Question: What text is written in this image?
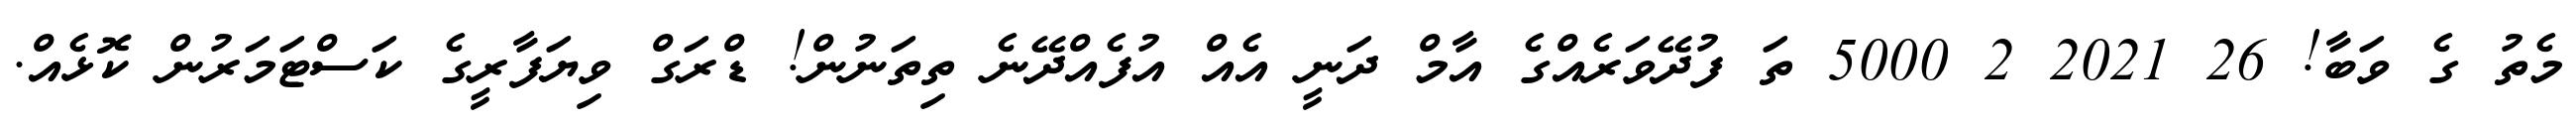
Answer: މެތު ގެ ވަބާ! 26 2021 2 5000 ތަ ފުދޭވަރެއްގެ އާމް ދަނީ އެއް އުފެއްދޭނެ ތިތަނުން! ޑްރަގް ވިޔަފާރީގެ ކަސްޓަމަރުން ކޮޅެއް.